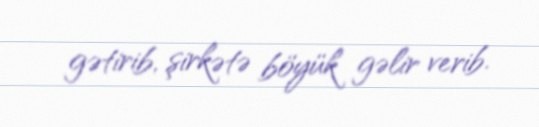
gətirib, şirkətə böyük gəlir verib.